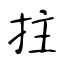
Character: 拄